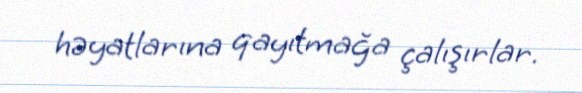
həyatlarına qayıtmağa çalışırlar.